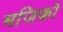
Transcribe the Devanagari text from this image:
मजिको